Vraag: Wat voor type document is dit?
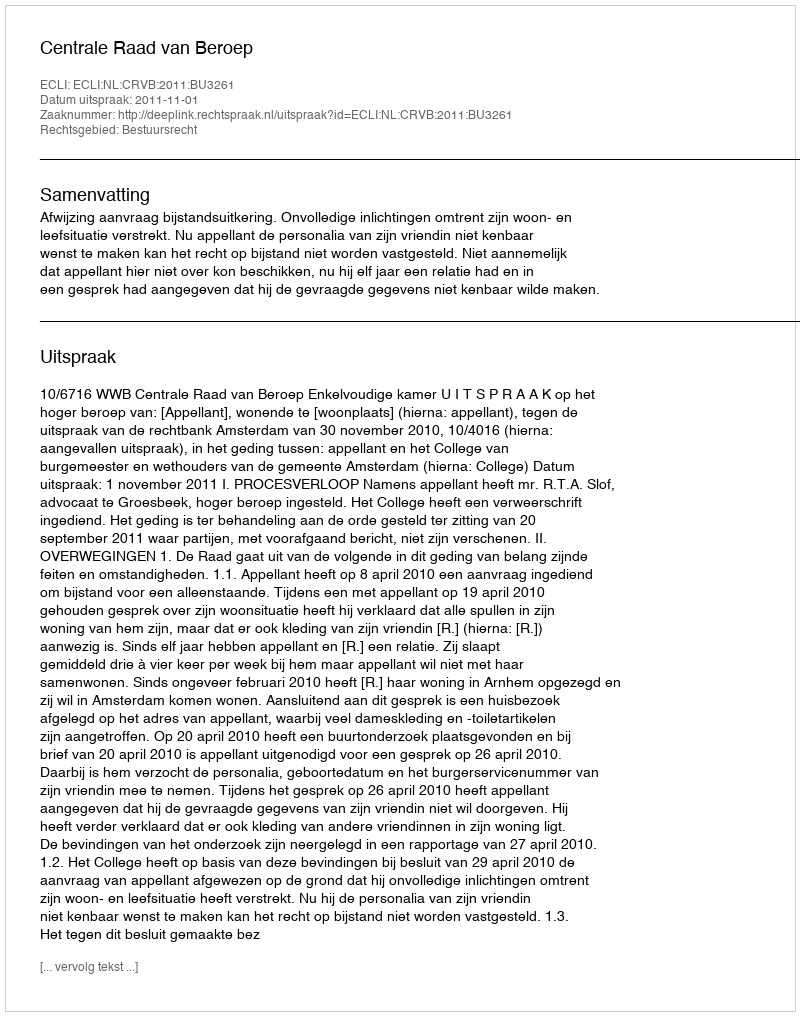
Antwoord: Uitspraak